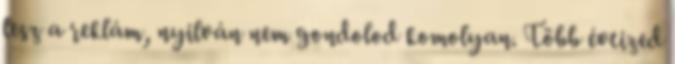
lesz a reklám, nyilván nem gondolod komolyan. Több évtized